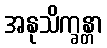
အနုသိက္ခန္တာ